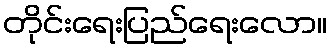
တိုင်းရေးပြည်ရေးလော။